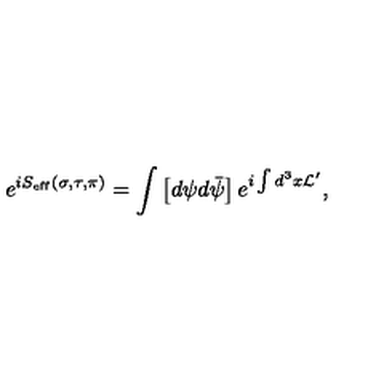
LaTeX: e ^ { i S _ { \mathrm { e f f } } ( \sigma , \tau , \pi ) } = \int \left[ d \psi d \bar { \psi } \right] e ^ { i \int d ^ { 3 } x { \cal L } ^ { \prime } } ,